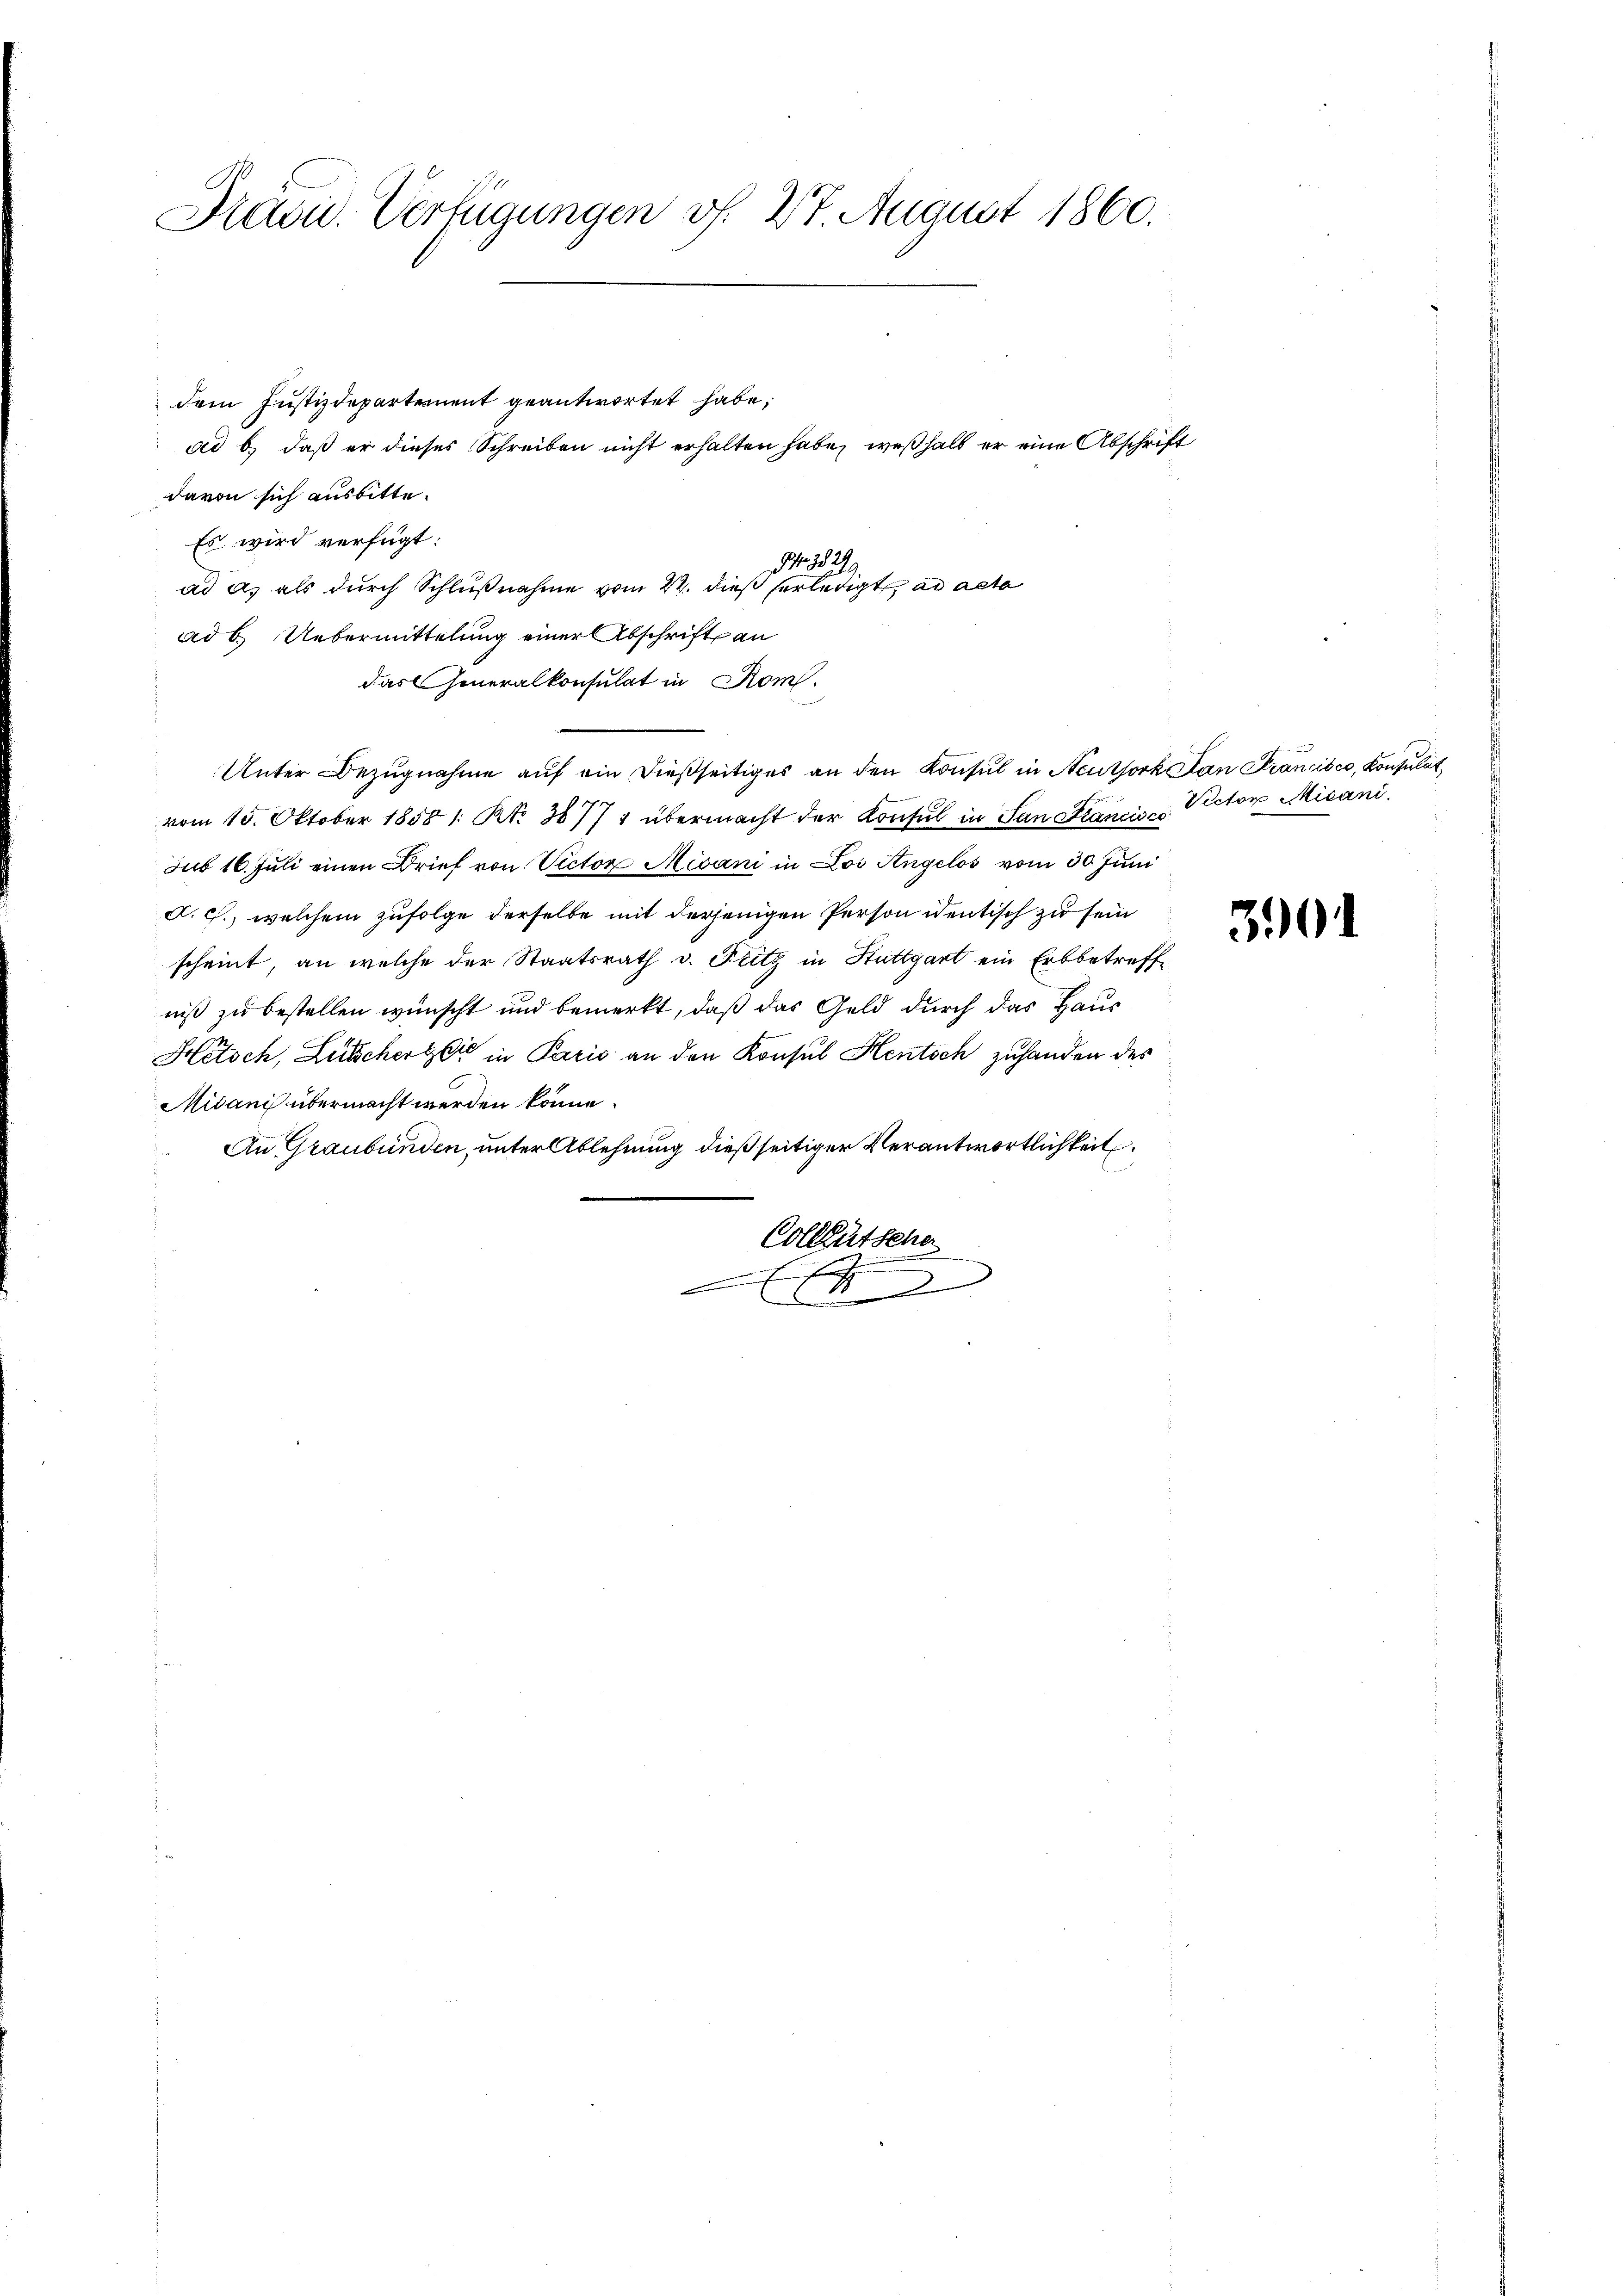
Drain. Verfügungen v. 27. August 1860.

dem Justizdeparternent geantwortet habe;
ad b.) daß er dieses Schreiben nicht erhalten habe, weßhalb er eine Abschrift
davon sich ausbitte.
Es wird verfügt:
 282
ad as als durch Schlußnahme vom 22. dieß verledigt, ad acte
ad 6. Uebermittelung einer Abschrift an
das Generalkonsulat in Rom.
Unter Bezugnahme auf ein dießseitiges an den Konsul in Neuthork Lan Krancisco, Konsulat
vom 15. Oktober 1858 1: Rt. 38771 übermacht der Konsul in San Krancise Rector Micani.
sub 16. Juli einen Brief von Victor Misani in Loi Angelos vom 30. Juni
d. c., welchem zufolge derselbe mit derjenigen Person identisch zu sein
scheint, an welche der Staatsrath v. Fritz in Stuttgart ein Erbbetreffe
niß zu bestellen wünscht und bemerkt, daß das Geld durch das Haus¬
Hetsch, Lutschertei in Pario an den Konsul Hentsch zuhanden des
Midanis übermacht werden könne.
An Graubünden, unter Ablehnung dießseitiger Verantwortlichkeit
Colleütsche

A

3901